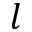
l